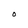
Character: O